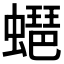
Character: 𧑡